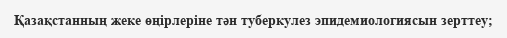
Қазақстанның жеке өңірлеріне тән туберкулез эпидемиологиясын зерттеу;